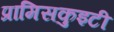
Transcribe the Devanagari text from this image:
प्रामिसकुइटी